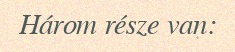
Három része van: